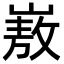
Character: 㟼